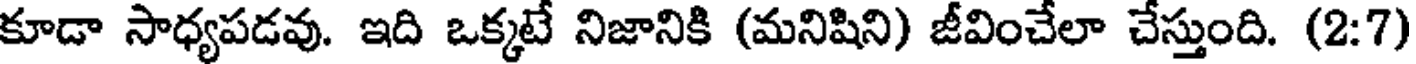
కూడా సాధ్యపడవు. ఇది ఒక్కటే నిజానికి (మనిషిని) జీవించేలా చేస్తుంది. (2:7)